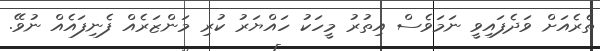
ތެރެއަށް ވަދެފައިވީ ނަމަވެސް އިތުރު މީހަކު ހައްޔަރު ކުރި މަންޒަރެއް ފެނިފައެއް ނުވޭ.